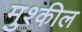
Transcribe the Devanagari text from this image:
मुश्कील